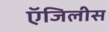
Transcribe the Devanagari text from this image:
ऍजिलीस